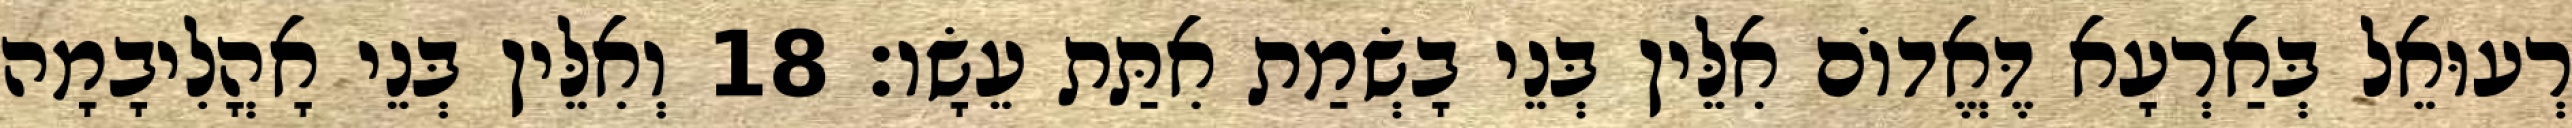
רְעוּאֵל בְּאַרְעָא דֶּאֱדוֹם אִלֵּין בְּנֵי בָשְׂמַת אִתַּת עֵשָׂו׃ 18 וְאִלֵּין בְּנֵי אָהֳלִיבָמָה